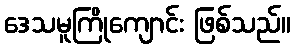
ဒေသမူကြိုကျောင်း ဖြစ်သည်။